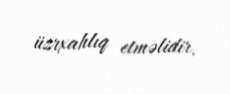
üzrxahlıq etməlidir.